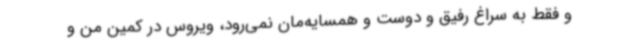
و فقط به سراغ رفیق و دوست و همسایه‌مان نمی‌رود، ویروس در کمین من و